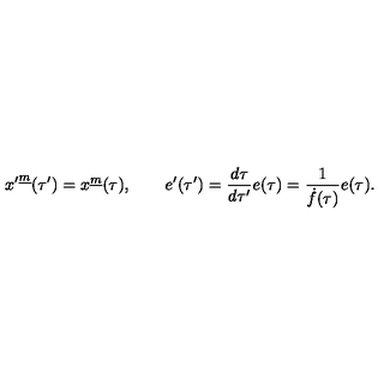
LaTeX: { x ^ { \prime } } ^ { \underline { m } } ( \tau ^ { \prime } ) = x ^ { \underline { m } } ( \tau ) , \qquad e ^ { \prime } ( \tau ^ { \prime } ) = { \frac { d \tau } { d \tau ^ { \prime } } } e ( \tau ) = { \frac { 1 } { \dot { f } ( \tau ) } } e ( \tau ) .